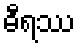
ဓီရဿ